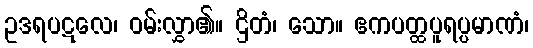
ဥဒရပဋလေ၊ ဝမ်းလွှာ၏။ ဌိတံ၊ သော။ ဧကပတ္ထပူရပ္ပမာဏံ၊